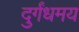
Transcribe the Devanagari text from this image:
दुर्गंधमय